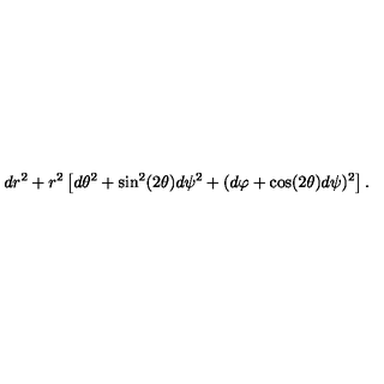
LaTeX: d r ^ { 2 } + r ^ { 2 } \left[ d \theta ^ { 2 } + \sin ^ { 2 } ( 2 \theta ) d \psi ^ { 2 } + ( d \varphi + \cos ( 2 \theta ) d \psi ) ^ { 2 } \right] .